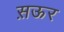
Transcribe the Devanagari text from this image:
स़ऊर